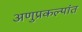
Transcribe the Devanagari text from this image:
अणुप्रकल्पांत